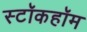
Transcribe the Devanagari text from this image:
स्टॉकहॉम